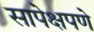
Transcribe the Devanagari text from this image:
सापेक्षपणे